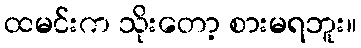
ထမင်းက သိုးတော့ စားမရဘူး။